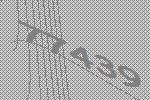
77439